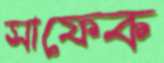
সাফেক